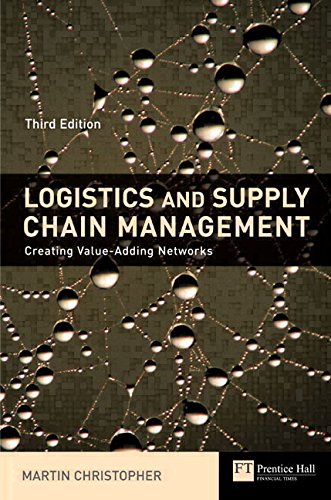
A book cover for Logistics & Supply Chain Management: creating value-adding networks (3rd Edition); Martin Christopher; Business & Money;